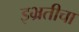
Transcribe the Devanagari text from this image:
इभ्रतीचा